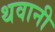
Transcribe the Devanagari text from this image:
थवानी